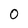
Character: 0